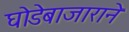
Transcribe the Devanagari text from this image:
घोडेबाजाराने